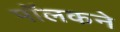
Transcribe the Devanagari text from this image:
पॉलकने